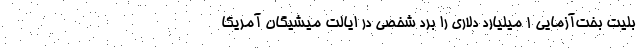
بلیت بخت‌آزمایی ۱ میلیارد دلاری را برد شخصی در ایالت میشیگان آمریکا